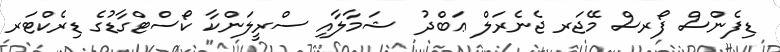
ޑިފެންސް ފޯރސް މޭޖަރ ޖެނެރަލް ޢަބްދު  ޝަމާލާއި ސްރީލަންކާ ކޯސްޓްގާޑުގެ ޑިރެކްޓަރ